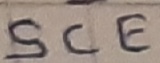
Text: SCE